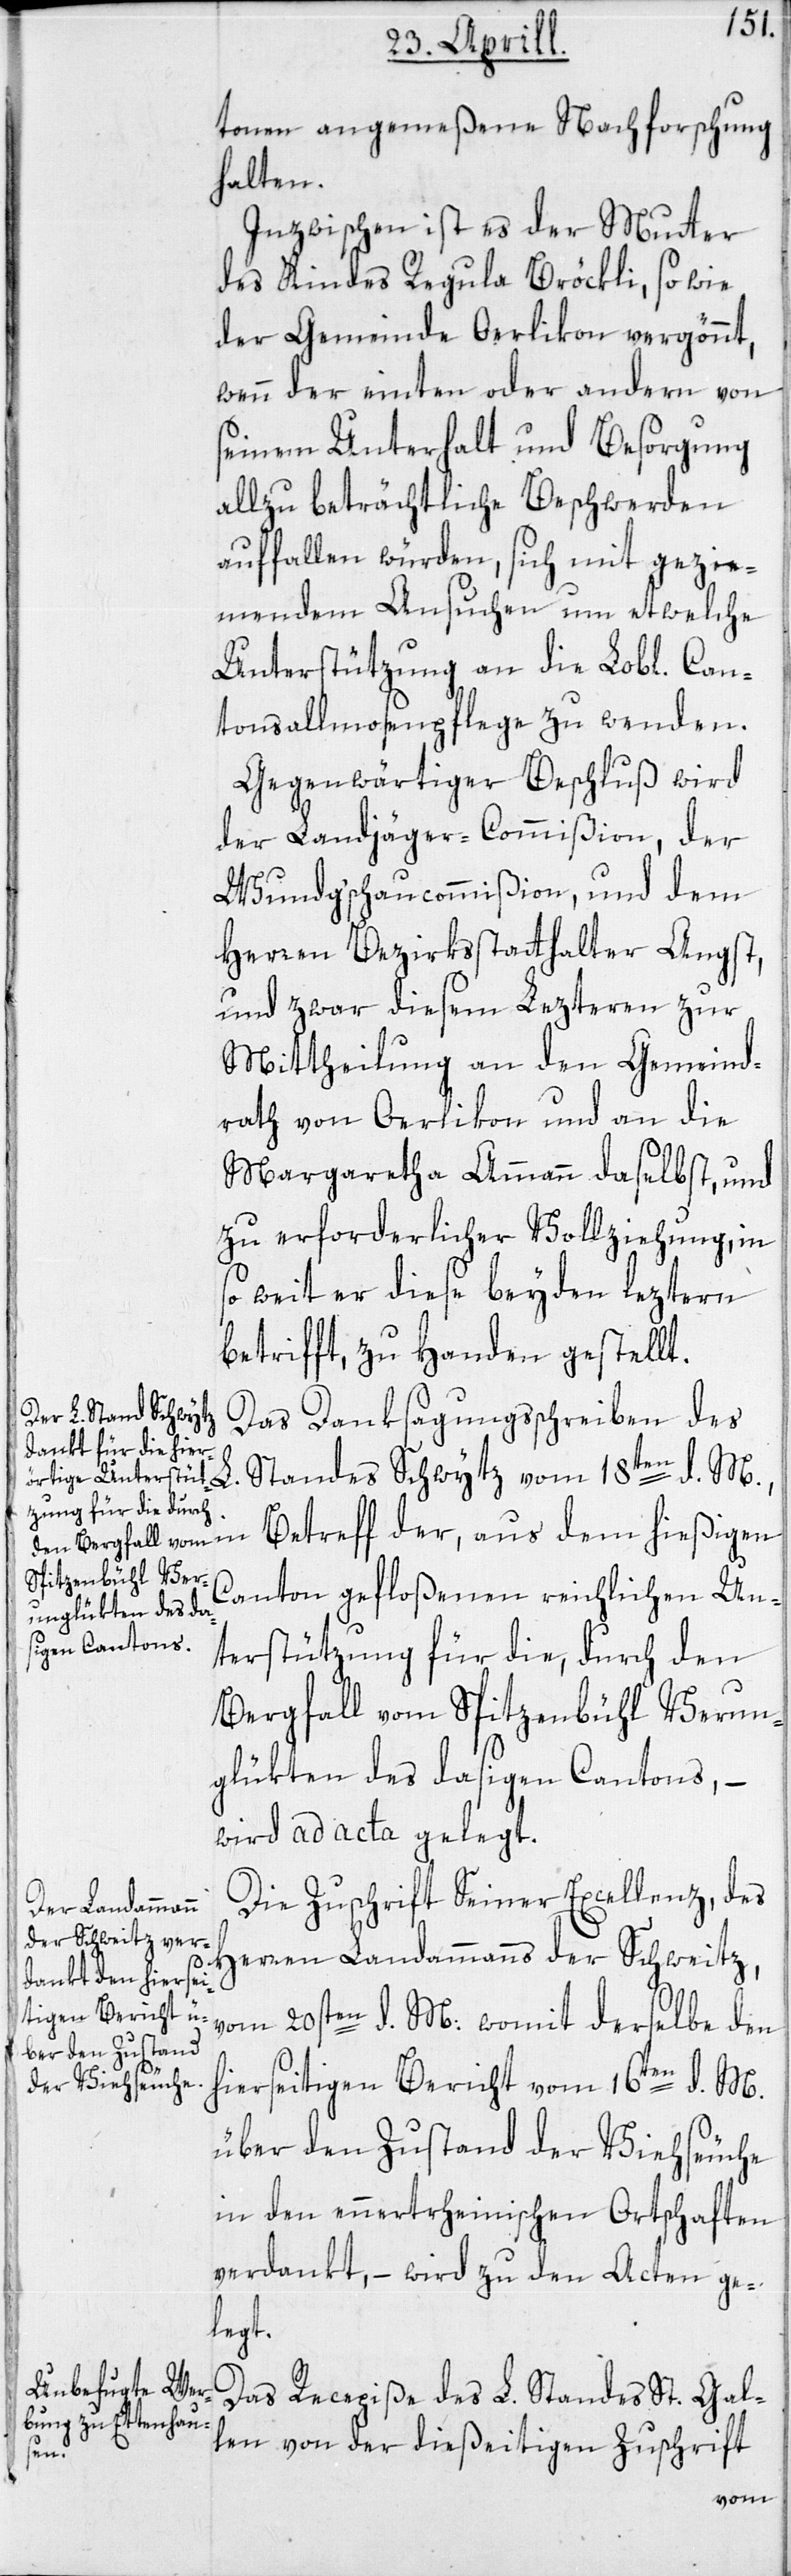
tonen angemeßene Nachforschung
halten.
Inzwischen ist es der Mutter
des Kindes Regula Bröckli, so wie
der Gemeinde Oerlikon vergönnt,
wenn der einten oder andern von
seinem Unterhalt und Besorgung
allzu beträchtliche Beschwerden
auffallen würden, sich mit gezie¬
mendem Ansuchen um etwelche
Unterstützung an die Lob[lichen]
tonsallmosenpflege zu wenden.
Gegenwärtiger Beschluß wird
der Landjäger-Commißion, der
Wundgschaucommißion, und dem
Herren Bezirksstatthalter Angst,
und zwar diesem Lezteren zur
Mittheilung an den Gemeind¬
rath von Oerlikon und an die
Margaretha Ammann daselbst, und
zu erforderlicher Vollziehung, in
so weit er diese beyden leztern
betrifft, zu Handen gestellt.
Das Danksagungsschreiben des
Standes Schwytz vom 18ten d. M.,
Betreff der, aus dem hießigen
Canton gefloßenen reichlichen Un¬
terstützung für die, durch den
Bergfall vom Spitzenbühl Verun¬
glükten des dasigen Cantons, –
wird ad acta gelegt.
Die Zuschrift Seiner Excellenz, des
Herren Landammanns der Schweitz,
vom 20sten d. M. womit derselbe den
hierseitigen Bericht vom 16ten d. M.
über den Zustand der Viehseuche
in den ennertrheinischen Ortschaften
verdankt, – wird zu den Acten ge¬
legt.
Das Recepiße des L. Standes St. Gal¬
len von der dießseitigen Zuschrift
Can¬